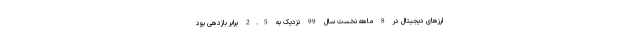
ارزهای دیجیتال در 8 ماهه نخست سال 99 نزدیک به 2.5 برابر بازدهی بود